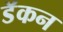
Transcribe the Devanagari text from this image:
डॅकन